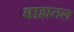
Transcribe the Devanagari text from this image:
बाह्यतल